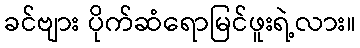
ခင်ဗျား ပိုက်ဆံရောမြင်ဖူးရဲ့လား။